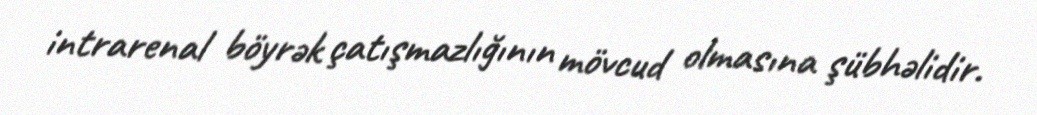
intrarenal böyrək çatışmazlığının mövcud olmasına şübhəlidir.